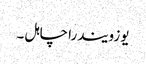
یوزویندرا چاہل ۔